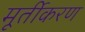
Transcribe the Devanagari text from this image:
मूर्तीकरण